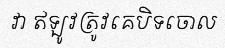
វា ឥឡូវត្រូវគេបិទចោល